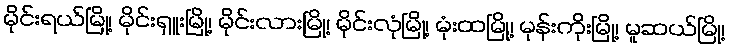
မိုင်းရယ်မြို့၊ မိုင်းရှူးမြို့၊ မိုင်းလားမြို့၊ မိုင်းလုံမြို့၊ မုံးထမြို့၊ မုန်းကိုးမြို့၊ မူဆယ်မြို့၊